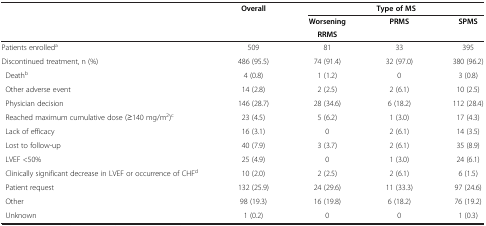
|  | Overall | <COLSPAN=3> Type of MS |
 |  |  | Worsening | PRMS | SPMS |
 |  |  | RRMS |  |  |
 | --- | --- | --- | --- | --- |
 | Patients enrolleda | 509 | 81 | 33 | 395 |
 | Discontinued treatment, n (%) | 486 (95.5) | 74 (91.4) | 32 (97.0) | 380 (96.2) |
 | Deathb | 4 (0.8) | 1 (1.2) | 0 | 3 (0.8) |
 | Other adverse event | 14 (2.8) | 2 (2.5) | 2 (6.1) | 10 (2.5) |
 | Physician decision | 146 (28.7) | 28 (34.6) | 6 (18.2) | 112 (28.4) |
 | Reached maximum cumulative dose (≥140 mg/m2)c | 23 (4.5) | 5 (6.2) | 1 (3.0) | 17 (4.3) |
 | Lack of efficacy | 16 (3.1) | 0 | 2 (6.1) | 14 (3.5) |
 | Lost to follow-up | 40 (7.9) | 3 (3.7) | 2 (6.1) | 35 (8.9) |
 | LVEF <50% | 25 (4.9) | 0 | 1 (3.0) | 24 (6.1) |
 | Clinically significant decrease in LVEF or occurrence of CHFd | 10 (2.0) | 2 (2.5) | 2 (6.1) | 6 (1.5) |
 | Patient request | 132 (25.9) | 24 (29.6) | 11 (33.3) | 97 (24.6) |
 | Other | 98 (19.3) | 16 (19.8) | 6 (18.2) | 76 (19.2) |
 | Unknown | 1 (0.2) | 0 | 0 | 1 (0.3) |